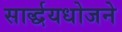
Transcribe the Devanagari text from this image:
सार्द्धयधोजने